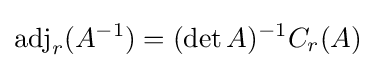
\operatorname {adj} _{r}(A^{-1})=(\det A)^{-1}C_{r}(A)